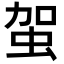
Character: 𧉪